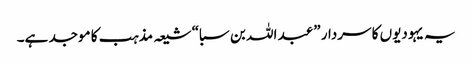
یہ یہودیوں کا سردار ”عبد اللہ بن سبا“ شیعہ مذہب کا موجد ہے۔